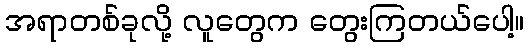
အရာတစ်ခုလို့ လူတွေက တွေးကြတယ်ပေါ့။